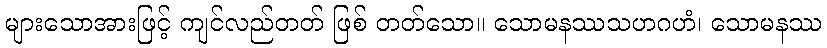
များသောအားဖြင့် ကျင်လည်တတ် ဖြစ် တတ်သော။ သောမနဿသဟဂဟံ၊ သောမနဿ